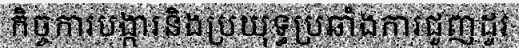
កិច្ចការបង្ការនិងប្រយុទ្ធប្រឆាំងការជួញដូរ